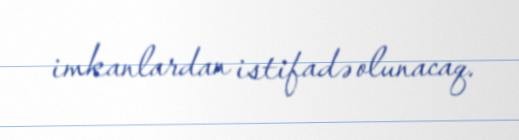
imkanlardan istifadə olunacaq.